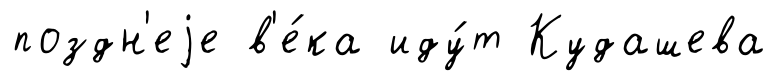
поздн'еjе в'е́ка иду́т Кудашева